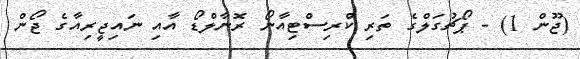
(ޖޫން 1) - ޕޯޗުގަލްގެ ތަރި ކްރިސްޓިއާނޯ ރޮނާލްޑޯ އާއި ނައިޖީރިއާގެ ޖޯން